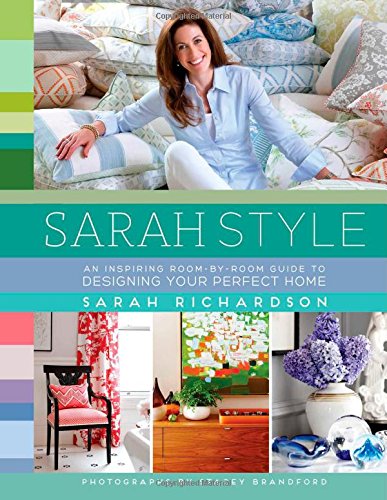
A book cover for Sarah Style; Sarah Richardson; Crafts, Hobbies & Home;